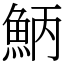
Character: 𩶁